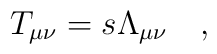
T_{\mu \nu} = s \Lambda_{\mu \nu} \quad ,